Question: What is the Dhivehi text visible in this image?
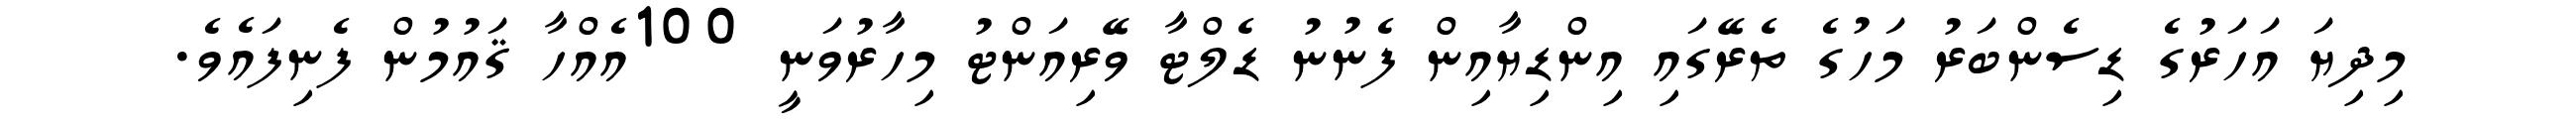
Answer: މިދިޔަ އަހަރުގެ ޑިސެންބަރު މަހުގެ ތެރޭގައި އިންޑިޔާއިން ފެނުނު ޑެލްޓާ ވޭރިއަންޓު މިހާރުވަނީ 100އެއްހާ ޤައުމުން ފެނިފައެވެ.